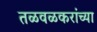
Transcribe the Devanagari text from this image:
तळवळकरांच्या